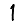
Digit: 1